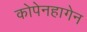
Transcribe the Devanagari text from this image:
कोपेनहागेन